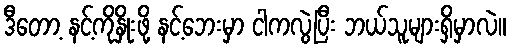
ဒီတော့ နင့်ကိုနှိုးဖို့ နင့်ဘေးမှာ ငါကလွဲပြီး ဘယ်သူများရှိမှာလဲ။